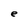
Character: e